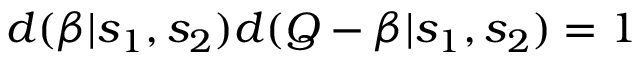
d ( \beta | s _ { 1 } , s _ { 2 } ) d ( Q - \beta | s _ { 1 } , s _ { 2 } ) = 1